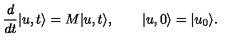
\frac { d } { d t } | u , t \rangle = M | u , t \rangle , \qquad | u , 0 \rangle = | u _ { 0 } \rangle .